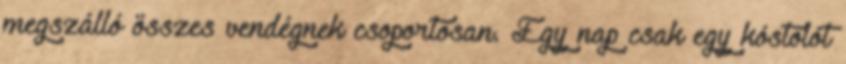
megszálló összes vendégnek csoportosan. Egy nap csak egy kóstolót